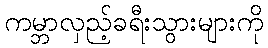
ကမ္ဘာလှည့်ခရီးသွားများကို